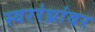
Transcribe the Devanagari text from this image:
स्वररंध्रांवर